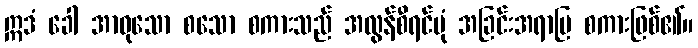
ဣဒံ ခေါ အာဝုသော စသော စကားသည် အလွန်စီရင်ပုံ အခြင်းအရာပြ စကားဖြစ်၏။